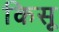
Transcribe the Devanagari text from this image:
किसू